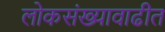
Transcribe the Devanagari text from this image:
लोकसंख्यावाढीत